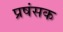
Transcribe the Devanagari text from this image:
प्रषंसक